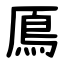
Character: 鳫